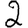
Digit: 2